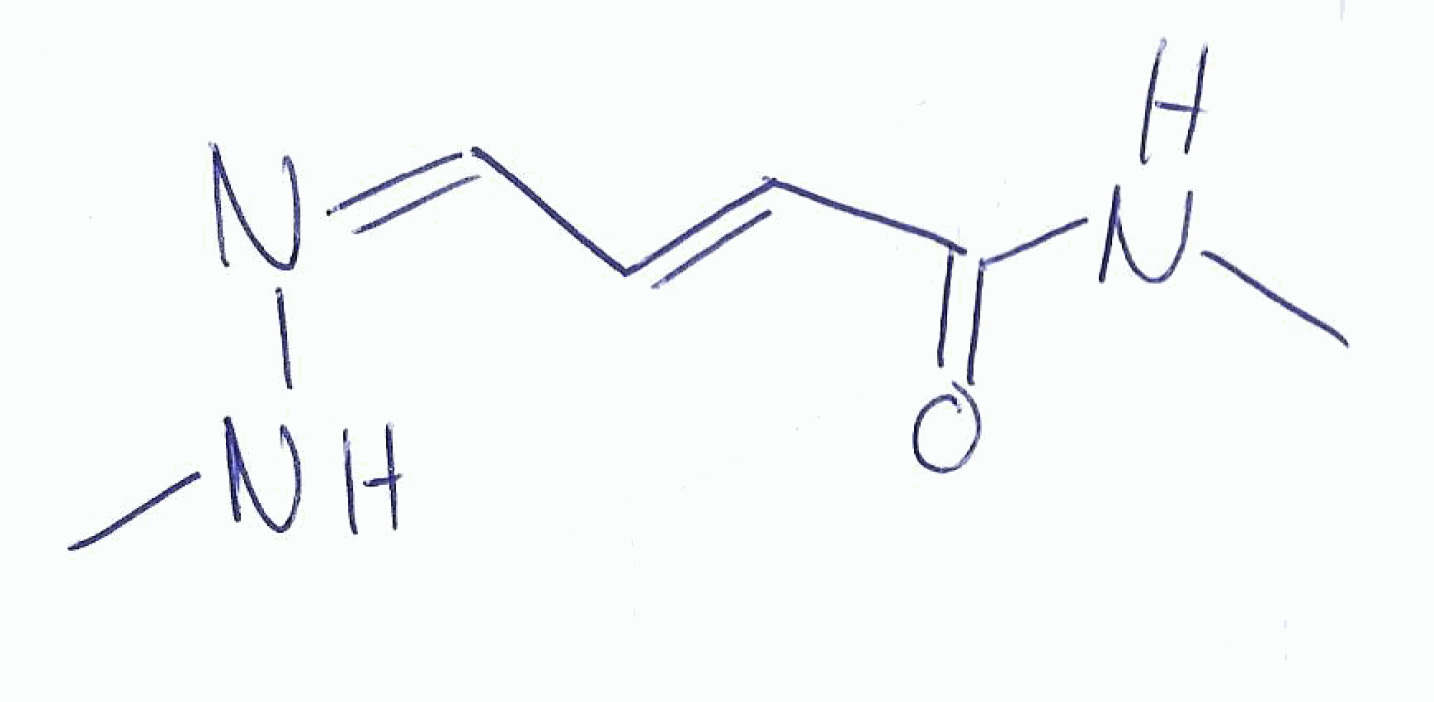
Simplified molecular-input line-entry system (SMILES) notation of the given molecule:
CNC(=O)/C=C/C=N\NC